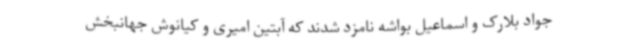
جواد بلارک و اسماعیل بواشه نامزد شدند که آبتین امیری و کیانوش جهانبخش